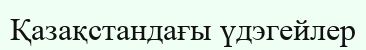
Қазақстандағы үдэгейлер